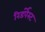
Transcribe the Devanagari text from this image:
रिडंर्पेस्ट